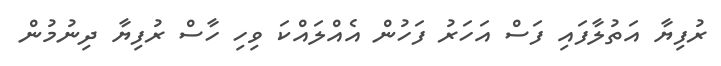
ރުފިޔާ އަތުލާފައި ފަސް އަހަރު ފަހުން އެއްލައްކަ ވިހި ހާސް ރުފިޔާ ދިނުމުން